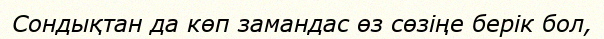
Сондықтан да көп замандас өз сөзіңе берік бол,